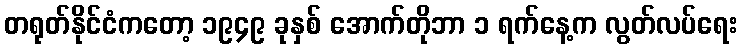
တရုတ်နိုင်ငံကတော့ ၁၉၄၉ ခုနှစ် အောက်တိုဘာ ၁ ရက်နေ့က လွတ်လပ်ရေး